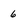
Character: 6